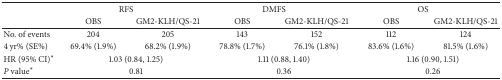
<table><thead><tr><td>[EMPTY_CELL]</td><td colspan="2"><b>RFS</b></td><td colspan="2"><b>DMFS</b></td><td colspan="2"><b>OS</b></td></tr><tr><td>[EMPTY_CELL]</td><td><b>OBS</b></td><td><b>GM2-KLH/QS-21</b></td><td><b>OBS</b></td><td><b>GM2-KLH/QS-21</b></td><td><b>OBS</b></td><td><b>GM2-KLH/QS-21</b></td></tr></thead><tbody><tr><td>No. of events</td><td>204</td><td>205</td><td>143</td><td>152</td><td>112</td><td>124</td></tr><tr><td>4 yr% (SE%)</td><td>69.4% (1.9%)</td><td>68.2% (1.9%)</td><td>78.8% (1.7%)</td><td>76.1% (1.8%)</td><td>83.6% (1.6%)</td><td>81.5% (1.6%)</td></tr><tr><td>HR (95% CI)*</td><td colspan="2">1.03 (0.84, 1.25)</td><td colspan="2">1.11 (0.88, 1.40)</td><td colspan="2">1.16 (0.90, 1.51)</td></tr><tr><td><i>P</i> value*</td><td colspan="2">0.81</td><td colspan="2">0.36</td><td colspan="2">0.26</td></tr></tbody></table>